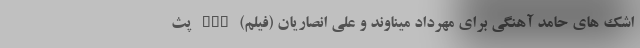
اشک های حامد آهنگی برای مهرداد میناوند و علی انصاریان (فیلم) nan پث